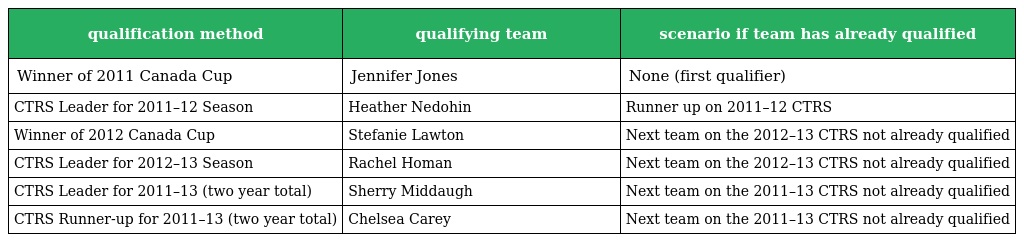
| qualification method | qualifying team | scenario if team has already qualified |
 | --- | --- | --- |
 | Winner of 2011 Canada Cup | Jennifer Jones | None (first qualifier) |
 | CTRS Leader for 2011–12 Season | Heather Nedohin | Runner up on 2011–12 CTRS |
 | Winner of 2012 Canada Cup | Stefanie Lawton | Next team on the 2012–13 CTRS not already qualified |
 | CTRS Leader for 2012–13 Season | Rachel Homan | Next team on the 2012–13 CTRS not already qualified |
 | CTRS Leader for 2011–13 (two year total) | Sherry Middaugh | Next team on the 2011–13 CTRS not already qualified |
 | CTRS Runner-up for 2011–13 (two year total) | Chelsea Carey | Next team on the 2011–13 CTRS not already qualified |